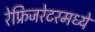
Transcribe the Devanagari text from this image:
रेफ्रिजरेटरमध्ये